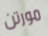
مورتن